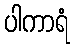
ပါကာရံ